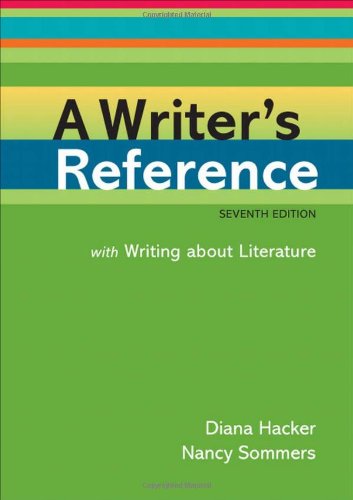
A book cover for A Writer's Reference with Writing about Literature; Diana Hacker; Reference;